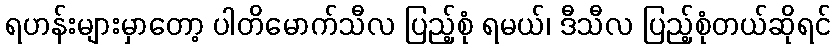
ရဟန်းများမှာတော့ ပါတိမောက်သီလ ပြည့်စုံ ရမယ်၊ ဒီသီလ ပြည့်စုံတယ်ဆိုရင်